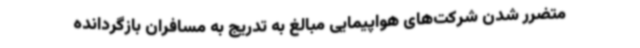
متضرر شدن شرکت‌های هواپیمایی مبالغ به تدریج به مسافران بازگردانده